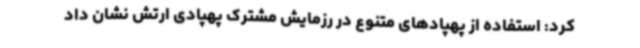
کرد: استفاده از پهپادهای متنوع در رزمایش مشترک پهپادی ارتش نشان داد